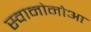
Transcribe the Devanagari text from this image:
स्वानोनोआ